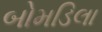
બોમડિલા